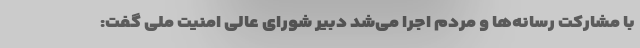
با مشارکت رسانه‌ها و مردم اجرا می‌شد دبیر شورای عالی امنیت ملی گفت: